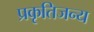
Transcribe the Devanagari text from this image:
प्रकृतिजन्य